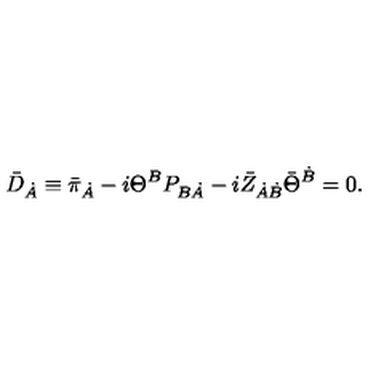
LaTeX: \bar { D } _ { \dot { A } } \equiv \bar { \pi } _ { \dot { A } } - i \Theta ^ { B } P _ { B \dot { A } } - i \bar { Z } _ { \dot { A } \dot { B } } \bar { \Theta } ^ { \dot { B } } = 0 .